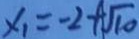
x _ { 1 } = - 2 + \sqrt { 1 0 }